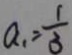
a _ { 1 } = \frac { 1 } { 3 }